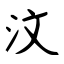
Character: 汶